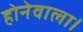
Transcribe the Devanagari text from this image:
होनेवाला।